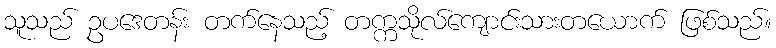
သူသည် ဥပဒေတန်း တက်နေသည့် တက္ကသိုလ်ကျောင်းသားတယောက် ဖြစ်သည်။